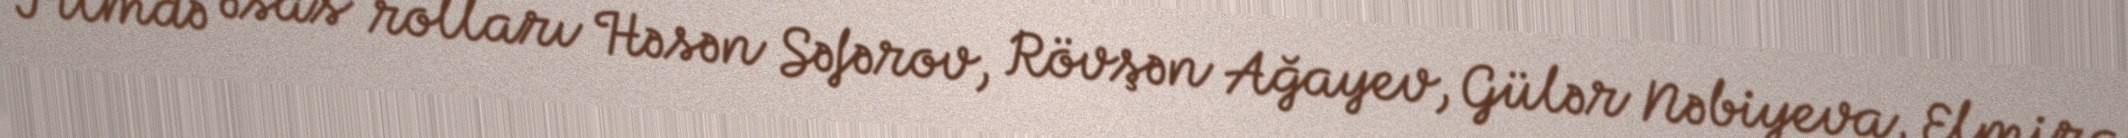
Filmdə əsas rolları Həsən Səfərov, Rövşən Ağayev, Gülər Nəbiyeva, Elmira